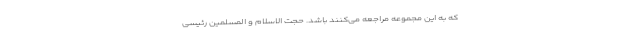
که به این مجموعه مراجعه می‌کنند باشد. حجت الاسلام و المسلمین رئیسی